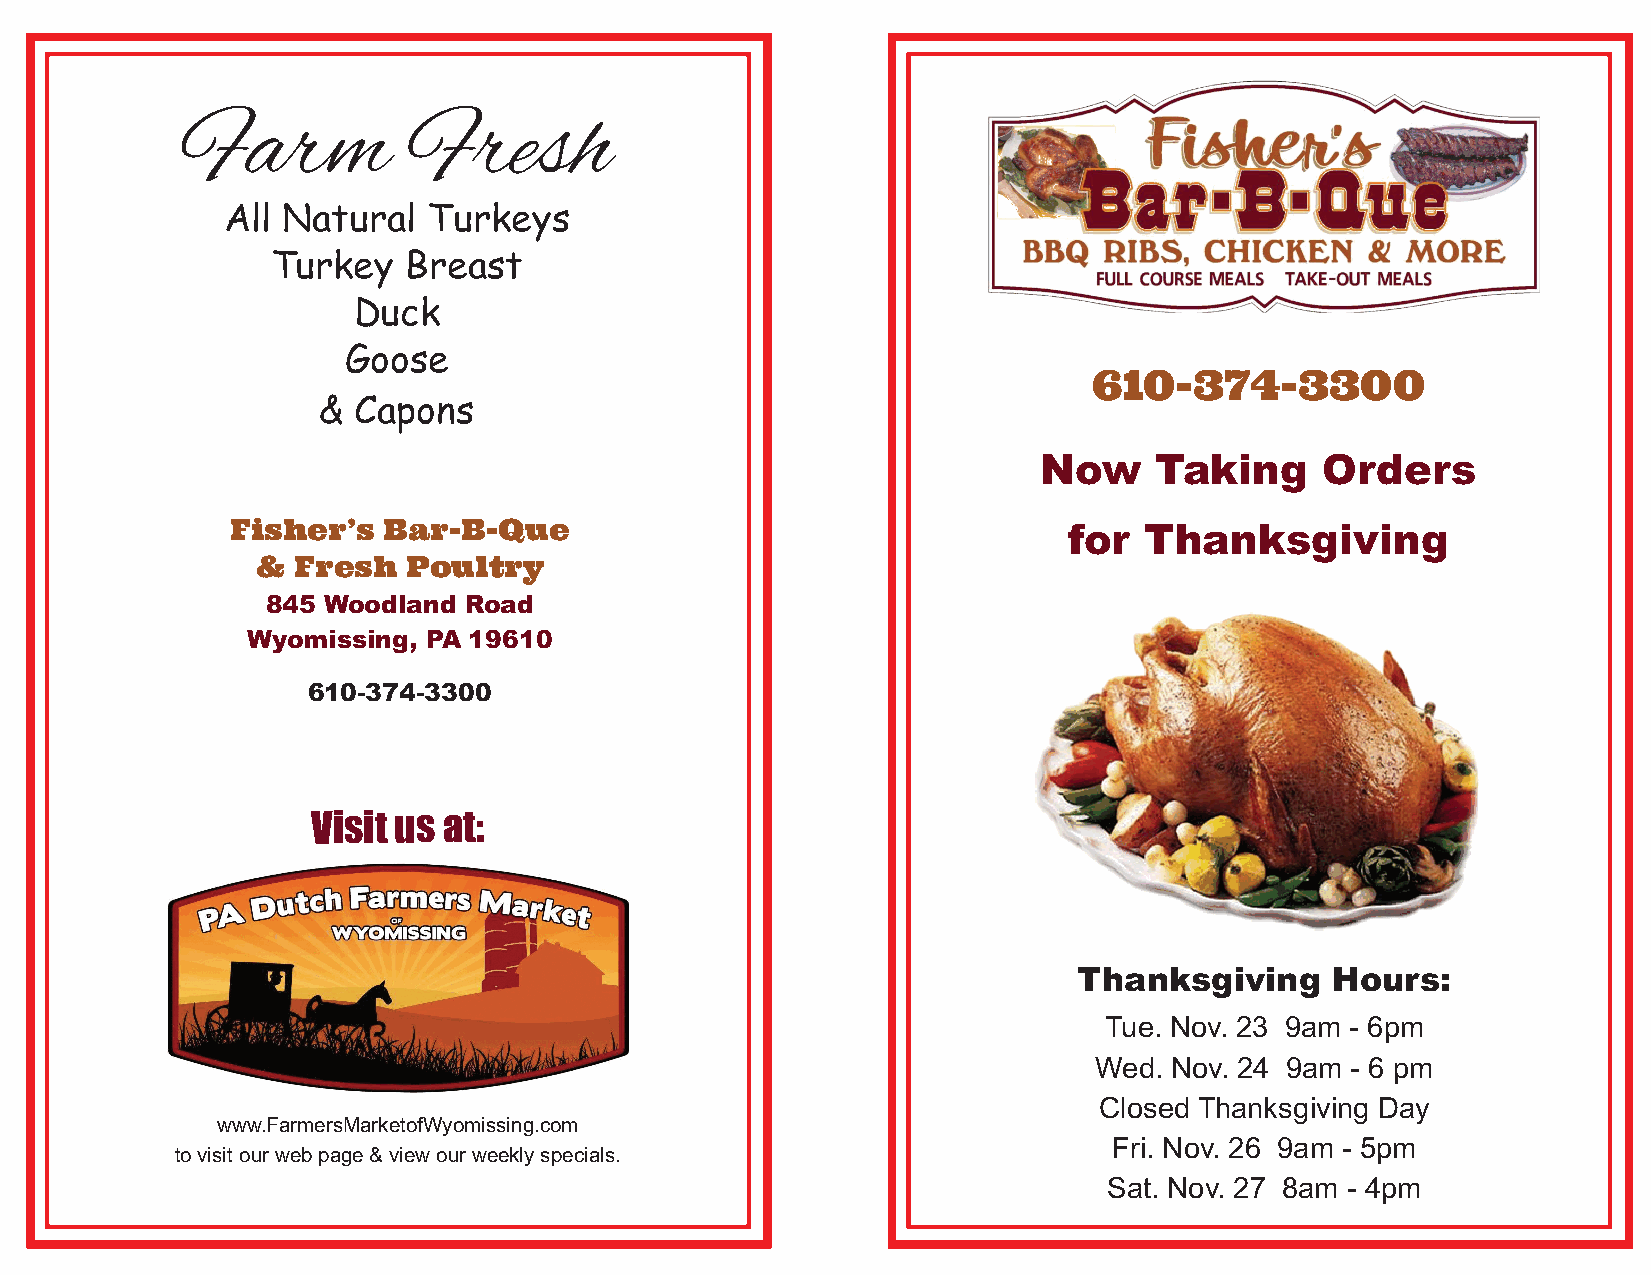
Farm           Fresh
 All Natural  Turkeys
 Turkey   Breast
 Duck
 Goose
 610-374-3300
 & Capons
 Now    Taking     Orders
 Fisher’s  Bar-B-Que
 for  Thanksgiving
 & Fresh   Poultry
 845 Woodland Road
 Wyomissing, PA 19610
 610-374-3300
 Visit us at:
 Thanksgiving     Hours:
 Tue. Nov. 23 9am - 6pm
 Wed. Nov. 24 9am - 6 pm
 Closed Thanksgiving Day
 www.FarmersMarketofWyomissing.com
 Fri. Nov. 26 9am - 5pm
 to visit our web page & view our weekly specials.
 Sat. Nov. 27 8am - 4pm